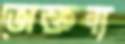
ভোক্তব্য